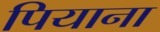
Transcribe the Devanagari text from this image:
पियाना